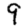
Digit: 9